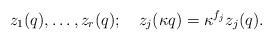
\begin{align*}z_1(q),\ldots,z_r(q);\quad z_j(\kappa q)=\kappa^{f_j}z_j(q).\end{align*}